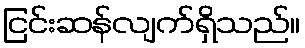
ငြင်းဆန်လျက်ရှိသည်။